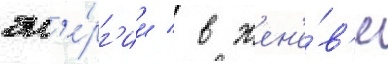
эн'е́рг'ии / в жен'е́в'е